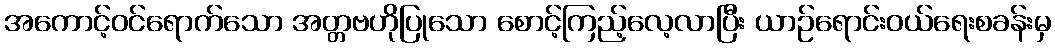
အကောင့်ဝင်ရောက်သော အတ္တဗဟိုပြုသော စောင့်ကြည့်လေ့လာပြီး ယာဉ်ရောင်းဝယ်ရေးစခန်းမှ